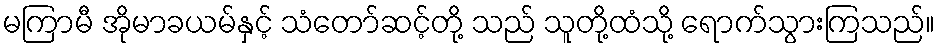
မကြာမီ အိုမာခယမ်နှင့် သံတော်ဆင့်တို့ သည် သူတို့ထံသို့ ရောက်သွားကြသည်။